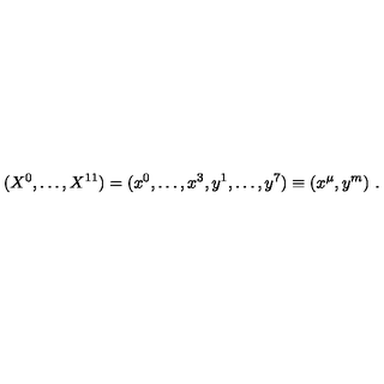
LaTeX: ( X ^ { 0 } , \ldots , X ^ { 1 1 } ) = ( x ^ { 0 } , \ldots , x ^ { 3 } , y ^ { 1 } , \ldots , y ^ { 7 } ) \equiv ( x ^ { \mu } , y ^ { m } ) \ .